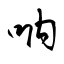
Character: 吶